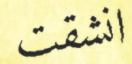
انشقت